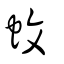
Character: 蚊